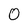
Character: 0